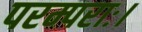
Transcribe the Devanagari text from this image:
परम्पराः।